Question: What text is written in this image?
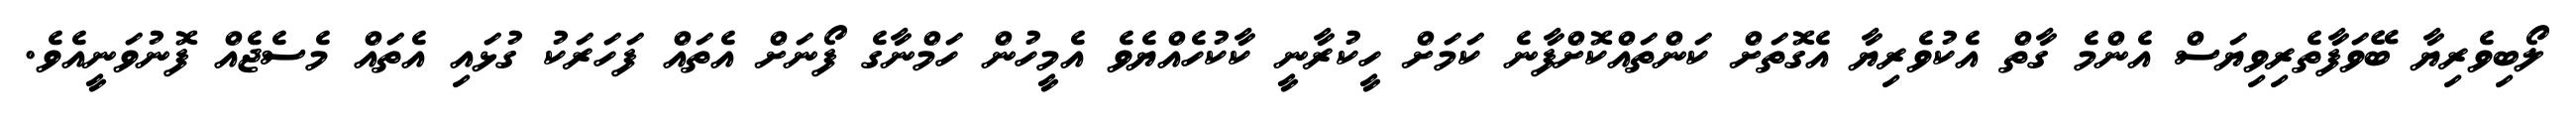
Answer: ލޯބިވެރިޔާ ބޭވަފާތެރިވިޔަސް އެންމެ ގާތް އެކުވެރިޔާ އެގޮތަށް ކަންތައްކޮށްފާނެ ކަމަށް ހީކުރާނީ ކާކުހެއްޔެވެ އެމީހުން ހަމްނާގެ ފޯނަށް އެތައް ފަހަރަކު ގުޅައި އެތައް މެސެޖެއް ފޮނުވަނީއެވެ.